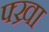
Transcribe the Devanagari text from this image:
फ्ख्रा